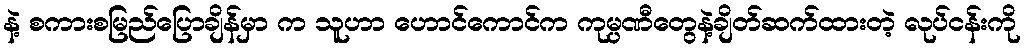
နဲ့ စကားစမြည်ပြောချိန်မှာ က သူဟာ ဟောင်ကောင်က ကုမ္ပဏီတွေနဲ့ချိတ်ဆက်ထားတဲ့ လုပ်ငန်းကို